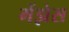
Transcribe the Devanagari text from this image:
मेंझेस